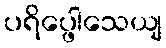
ပရိပ္ဖေါသေယျ